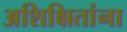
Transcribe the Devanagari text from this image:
अशिक्षितांना